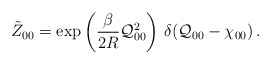
\begin{align*}\tilde{Z}_{00} = \exp\left(\frac{\beta}{2R}{\cal Q}_{00}^{2}\right)\,\delta({\cal Q}_{00} - \chi_{00})\,.\end{align*}